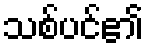
သစ်ပင်၏